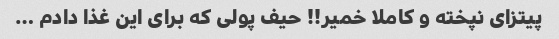
پیتزای نپخته و کاملا خمیر!! حیف پولی که برای این غذا دادم …